Civil Veterinary Dept. Bombay admin report 1907-1913 - 1907-1913
Year: 1907
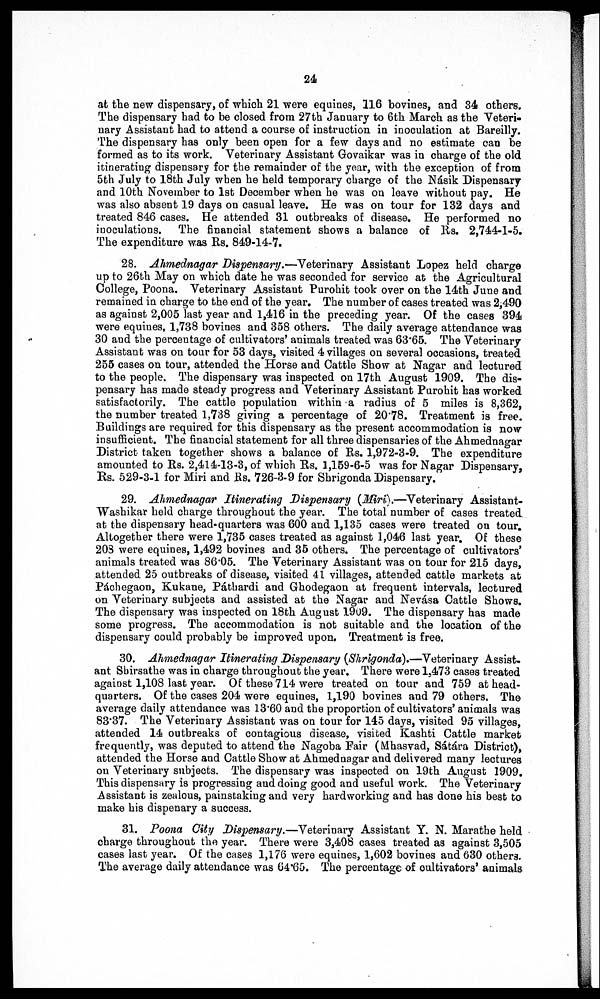
24
at the new dispensary, of which 21 were equities, 116 bovines, and 34 others.
The dispensary had to be closed from 27th January to 6th March as the Veteri-
nary Assistant had to attend a course of instruction in inoculation at Bareilly.
The dispensary has only been open for a few days and no estimate can be
formed as to its work. Veterinary Assistant Govaikar was in charge of the old
itinerating dispensary for the remainder of the year, with the exception of from
5th July to 18th July when he held temporary charge of the Násik Dispensary
and 10th November to 1st December when he was on leave without pay. He
was also absent 19 days on casual leave. He was on tour for 132 days and
treated 846 cases. He attended 31 outbreaks of disease. He performed no
inoculations. The financial statement shows a balance of Rs. 2,744-1-5.
The expenditure was Rs. 849-14-7.
28. Ahmednagar Dispensary.—Veterinary Assistant Lopez held charge
up to 26th May on which date he was seconded for service at the Agricultural
College, Poona. Veterinary Assistant Purohit took over on the 14th June and
remained in charge to the end of the year. The number of cases treated was 2,490
as against 2,005 last year and 1,416 in the preceding year. Of the cases 394
were equines, 1,738 bovines and 358 others. The daily average attendance was
30 and the percentage of cultivators' animals treated was 63.65. The Veterinary
Assistant was on tour for 53 days, visited 4 villages on several occasions, treated
255 cases on tour, attended the Horse and Cattle Show at Nagar and lectured
to the people. The dispensary was inspected on 17th August 1909. The dis-
pensary has made steady progress and Veterinary Assistant Purohit has worked
satisfactorily. The cattle population within a radius of 5 miles is 8,362,
the number treated 1,738 giving a percentage of 20.78. Treatment is free.
Buildings are required for this dispensary as the present accommodation is now
insufficient. The financial statement for all three dispensaries of the Ahmednagar
District taken together shows a balance of Rs. 1,972-3-9. The expenditure
amounted to Rs. 2,414-13-3, of which Rs. 1,159-6-5 was for Nagar Dispensary,
Rs. 529-3-1 for Miri and Rs. 726-3-9 for Shrigonda Dispensary.
29. Ahmednagar Itinerating Dispensary (Miri).—Veterinary Assistant-
Washikar held charge throughout the year. The total number of cases treated
at the dispensary head-quarters was 600 and 1,135 cases were treated on tour.
Altogether there were 1,735 cases treated as against 1,046 last year. Of these
203 were equines, 1,492 bovines and 35 others. The percentage of cultivators'
animals treated was 86.05. The Veterinary Assistant was on tour for 215 days,
attended 25 outbreaks of disease, visited 41 villages, attended cattle markets at
Páchegaon , Kukane, Páthardi and Ghodegaon at frequent intervals, lectured
on Veterinary subjects and assisted at the Nagar and Nevása Cattle Shows.
The dispensary was inspected on 18th August 1909. The dispensary has made
some progress. The accommodation is not suitable and the location of the
dispensary could probably be improved upon. Treatment is free.
30. Ahmednagar Itinerating Dispensary (Shrigonda),—Veterinary Assist.
ant Sbirsathe was in charge throughout the year. There were 1,473 cases treated
against 1,108 last year. Of these 714 were treated on tour and 759 at head-
quarters. Of the cases 204 were equines, 1,190 bovines and 79 others. The
average daily attendance was 13.60 and the proportion of cultivators' animals was
83.37. The Veterinary Assistant was on tour for 145 days, visited 95 villages,
attended 14 outbreaks of contagious disease, visited Kashti Cattle market
frequently, was deputed to attend the Nagoba Fair (Mhasvad, Sátára District),
attended the Horse and Cattle Show at Ahmednagar and delivered many lectures
on Veterinary subjects. The dispensary was inspected on 19th August 1909.
This dispensary is progressing and doing good and useful work. The Veterinary
Assistant is zealous, painstaking and very hardworking and has done his best to
make his dispenary a success.
81. Poona City Dispensary.—Veterinary Assistant Y. N. Marathe held
charge throughout the year. There were 3,408 cases treated as against 3,505
cases last year. Of the cases 1,176 were equines, 1,602 bovines and 630 others.
The average daily attendance was 64.65. The percentage of cultivators' animals